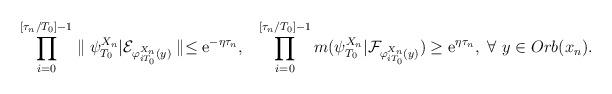
LaTeX: \begin{align*} \prod^{[\tau_n/T_0]-1}_{i=0}\parallel\psi^{X_n}_{T_0}|\mathcal{E}_{\varphi^{X_n}_{iT_0}(y)}\parallel\leq {\rm e}^{-\eta\tau_n},~~\prod^{[\tau_n/T_0]-1}_{i=0}m(\psi^{X_n}_{T_0}|\mathcal{F}_{\varphi^{X_n}_{iT_0}(y)})\geq {\rm e}^{\eta \tau_n},~\forall~y\in Orb(x_n). \end{align*}